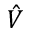
\hat { V }